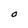
Character: O